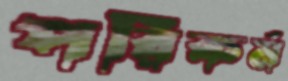
পরিকর্ম